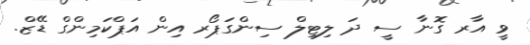
ވީ އާރ ގޮނާ ސީ ދަ ލިޓިލް ސިންގަޕޯރ އިން އަޕްކަމިންގް ޑޭޒް.